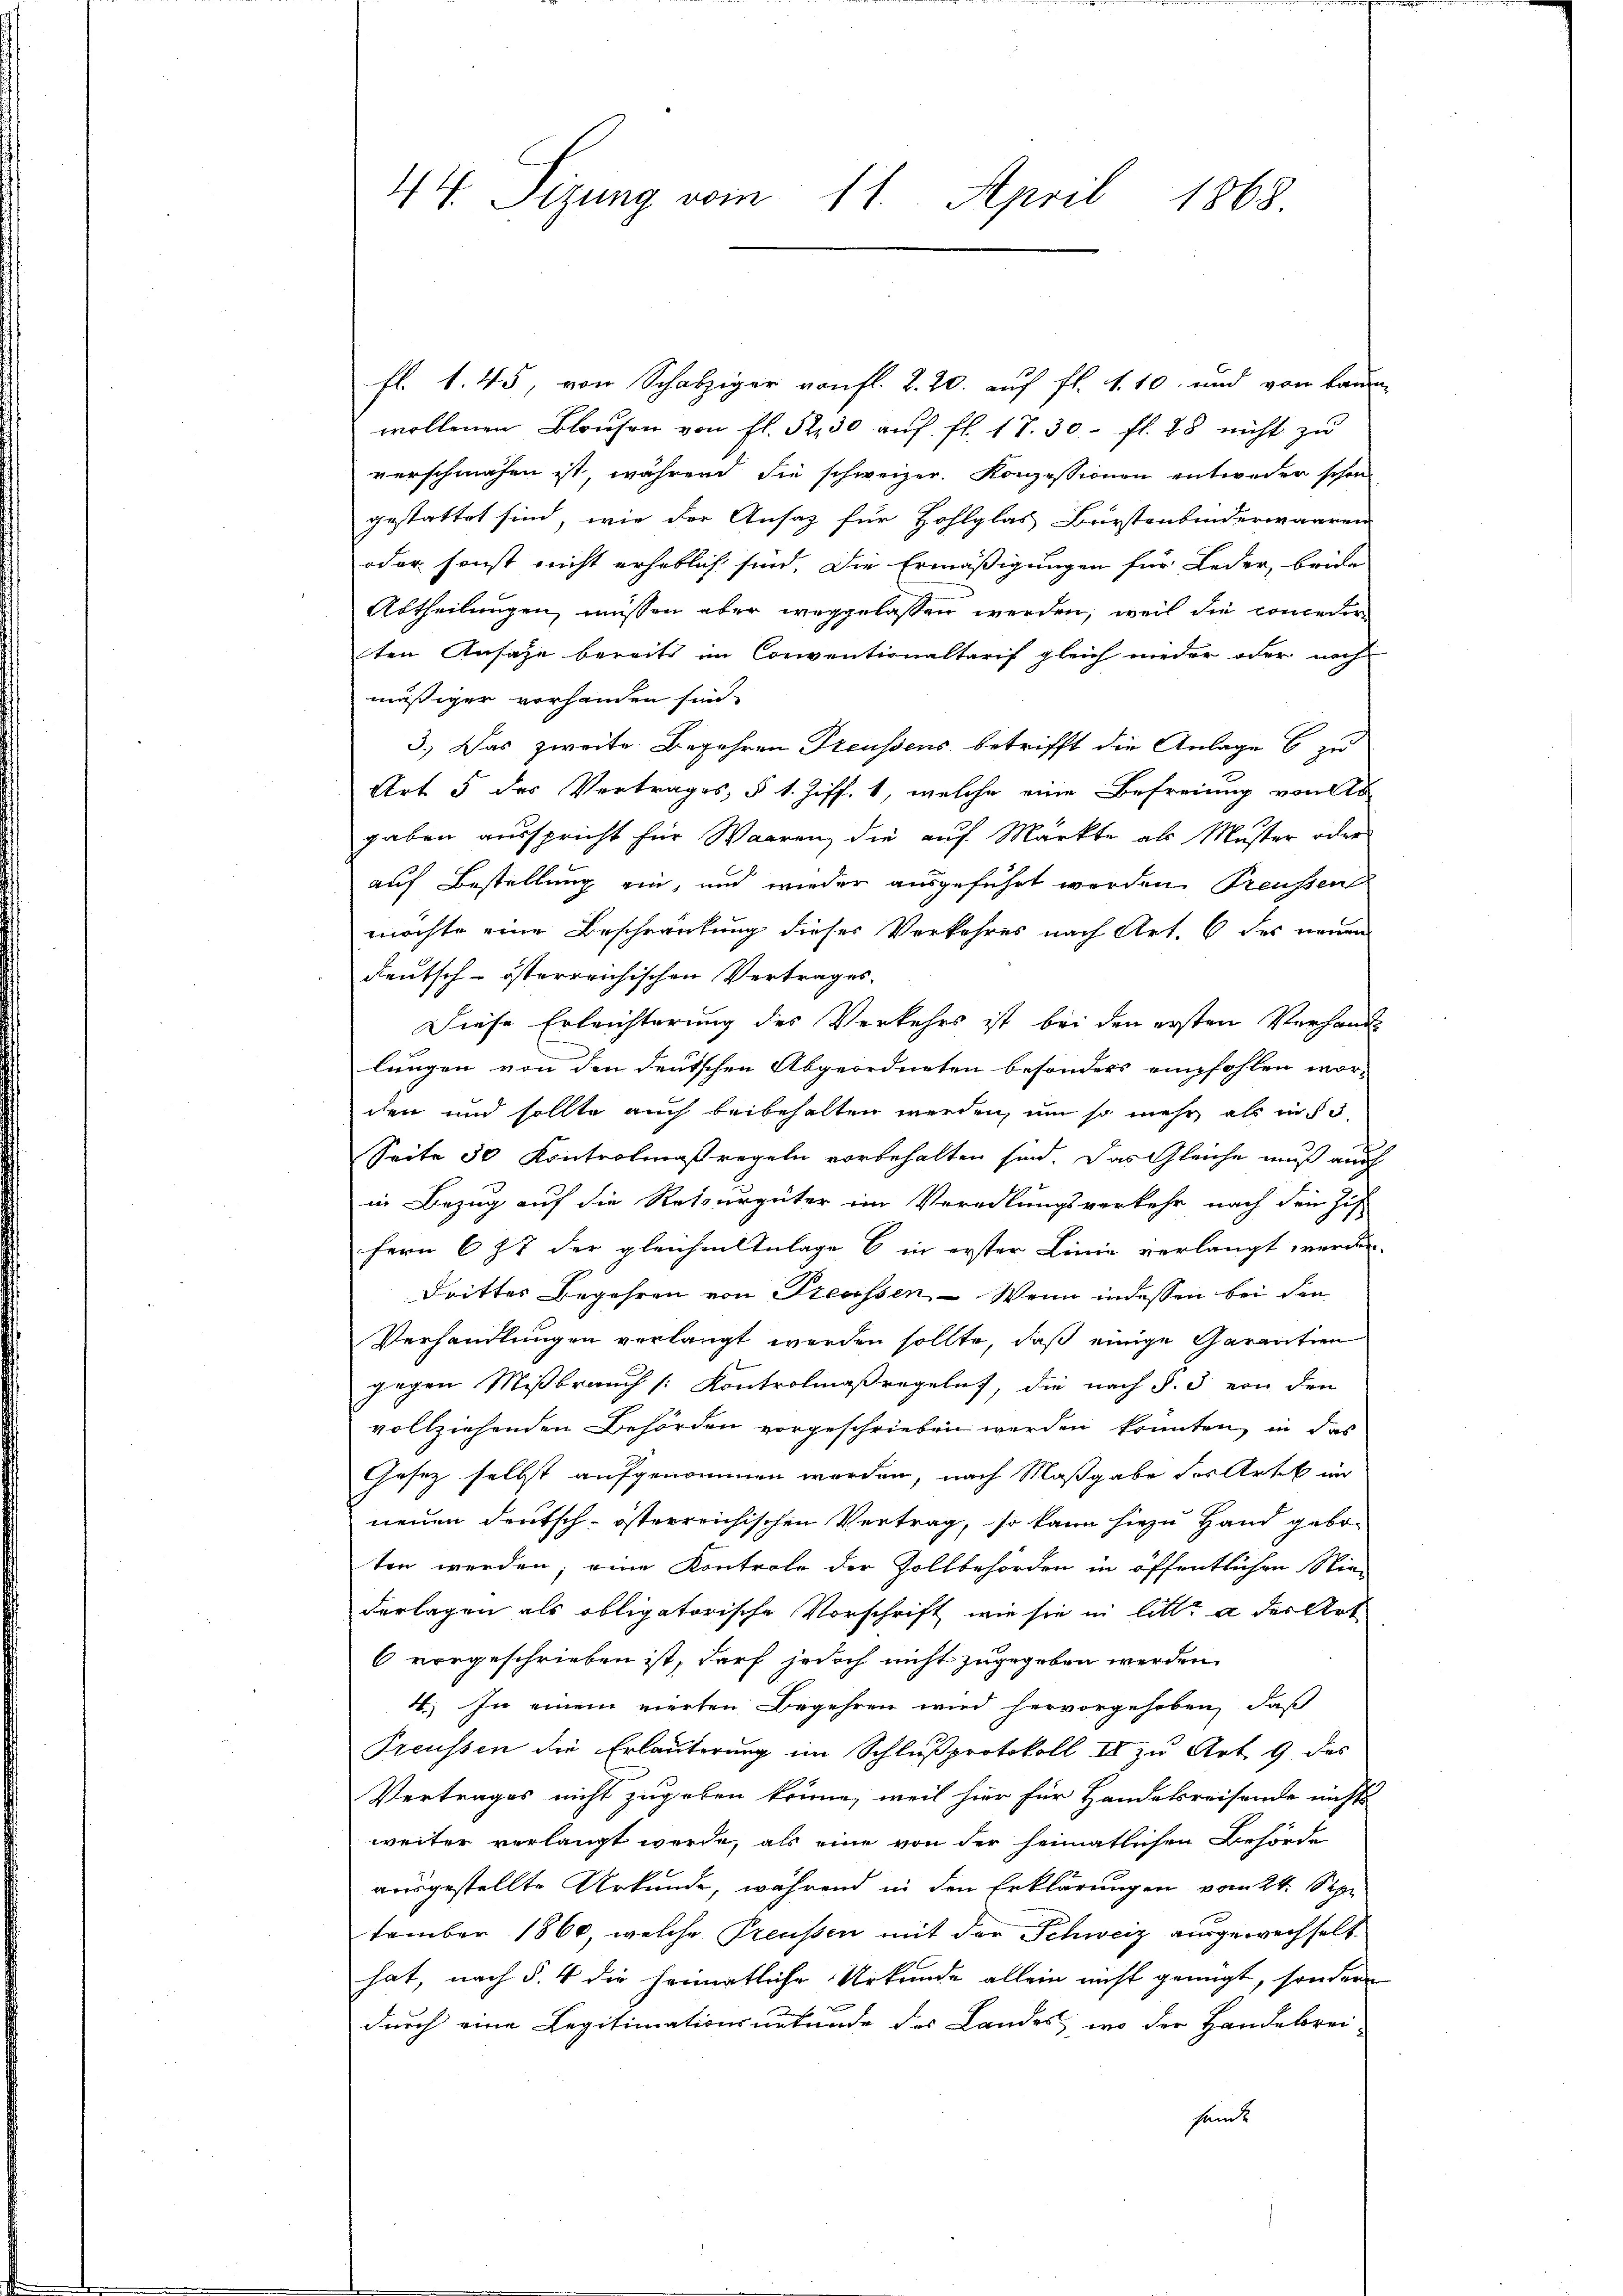
fl. 1. 45, von Schatziger von fl. 2. 20. auf fl. S. 10. und von Baum
wollenen Blausen von fl. S. 30 aŭf fl. 17. 30. fl. 28 nicht zu
verschmähen ist, während die schweizer. Konzessionen entweder schon
gestattet sind, wie der Ansatz für Hohlglas Bürstenbinderwaaren
oder sonst nicht erheblich sind. Die Ermäßigungen für Leder, beide
Abtheilungen, müssen aber weggelassen werden, weil die Conceder-
ten Ansage bereits im Conventionaltarif gleich nieder oder nach
mäßiger vorhanden sind.
3.) Das zweite Begehren Preussens betrifft die Anlage 6 zu
Art 5 des Vertrages, § 1. Ziff. 1, welche eine Befreiung von Ab
gaben ausspricht für Waaren, die auf Märkte als Muster oder
auf Bestellung ein, und wieder ausgeführt werden Preußen
möchte eine Beschränkung dieser Verkehres nach Art. 6 des neuen
deutsch-österreichischen Vertrages,
Diese Erleichterung des Verkehrs ist bei den ersten Verhandl
lungen von den deutschen Abgeordneten besonders empfohlen wor-
den und sollte auch beibehalten werden, um so mehr als in § 5
Seite 50 Kontrolmaßregeln vorbehalten sind. Das Gleiche muß auch
in Bezug auf die Retourgüter im Veredlungsverkehr nach den Zif.
fern 677 der gleichen Anlage b in erster Linie verlangt werden.
Drittes Begehren von Preussen, — Wenn indessen bei den
Verhandlungen verlangt werden sollte, daß einige Garantien
gagen Mißbrauch [Kontrolmaßregeln, die nach §. 3 von den
vollziehenden Behörden vorgeschrieben werden konnten, in das
Gesetz selbst aufgenommen worden, nach Maßgabe des Arten im
neuen deutsch-österreichischen Vertrag, so kann hiezu Hand geboten werden; eine Kontrole der Zollbehörden in öffentlichen Nie-
derlagen als obligatorische Vorschrift wie sie in litt. a der Art
6 vorgeschrieben ist, darf jedoch nicht zugegeben werden.
4.) In einem vierten Begehren wird hervorgehoben, daß
Treussen die Erläuterung im Schlußprotokoll II zu Art. 9 des
Vertrages nicht zugeben könne, weil hier für Handekreisende nichts
weiter verlangt werde, als eine von der heimatlichen Behörde
ausgestellte Urkunde, während in den Erklärungen vom 24. Sept
tember 1860, welche Preussen mit der Schweiz ausgewechselt
hat, nach §. 4 die heimatliche Urkunde allein nicht genügt, sondern
durch eine Legitimationsurkunde des Landes, wo der Handebrei-
sandt

44 Sizung vom 11. April 1868.